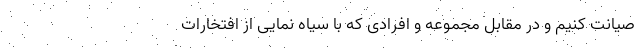
صیانت کنیم و در مقابل مجموعه‌ و افرادی که با سیاه نمایی از افتخارات